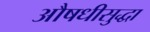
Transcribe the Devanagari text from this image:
औषधीसुद्धा